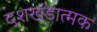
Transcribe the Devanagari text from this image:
दशखंडात्मक